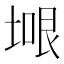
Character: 𭎼